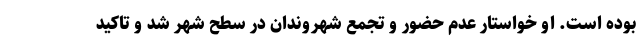
بوده است. او خواستار عدم حضور و تجمع شهروندان در سطح شهر شد و تاکید